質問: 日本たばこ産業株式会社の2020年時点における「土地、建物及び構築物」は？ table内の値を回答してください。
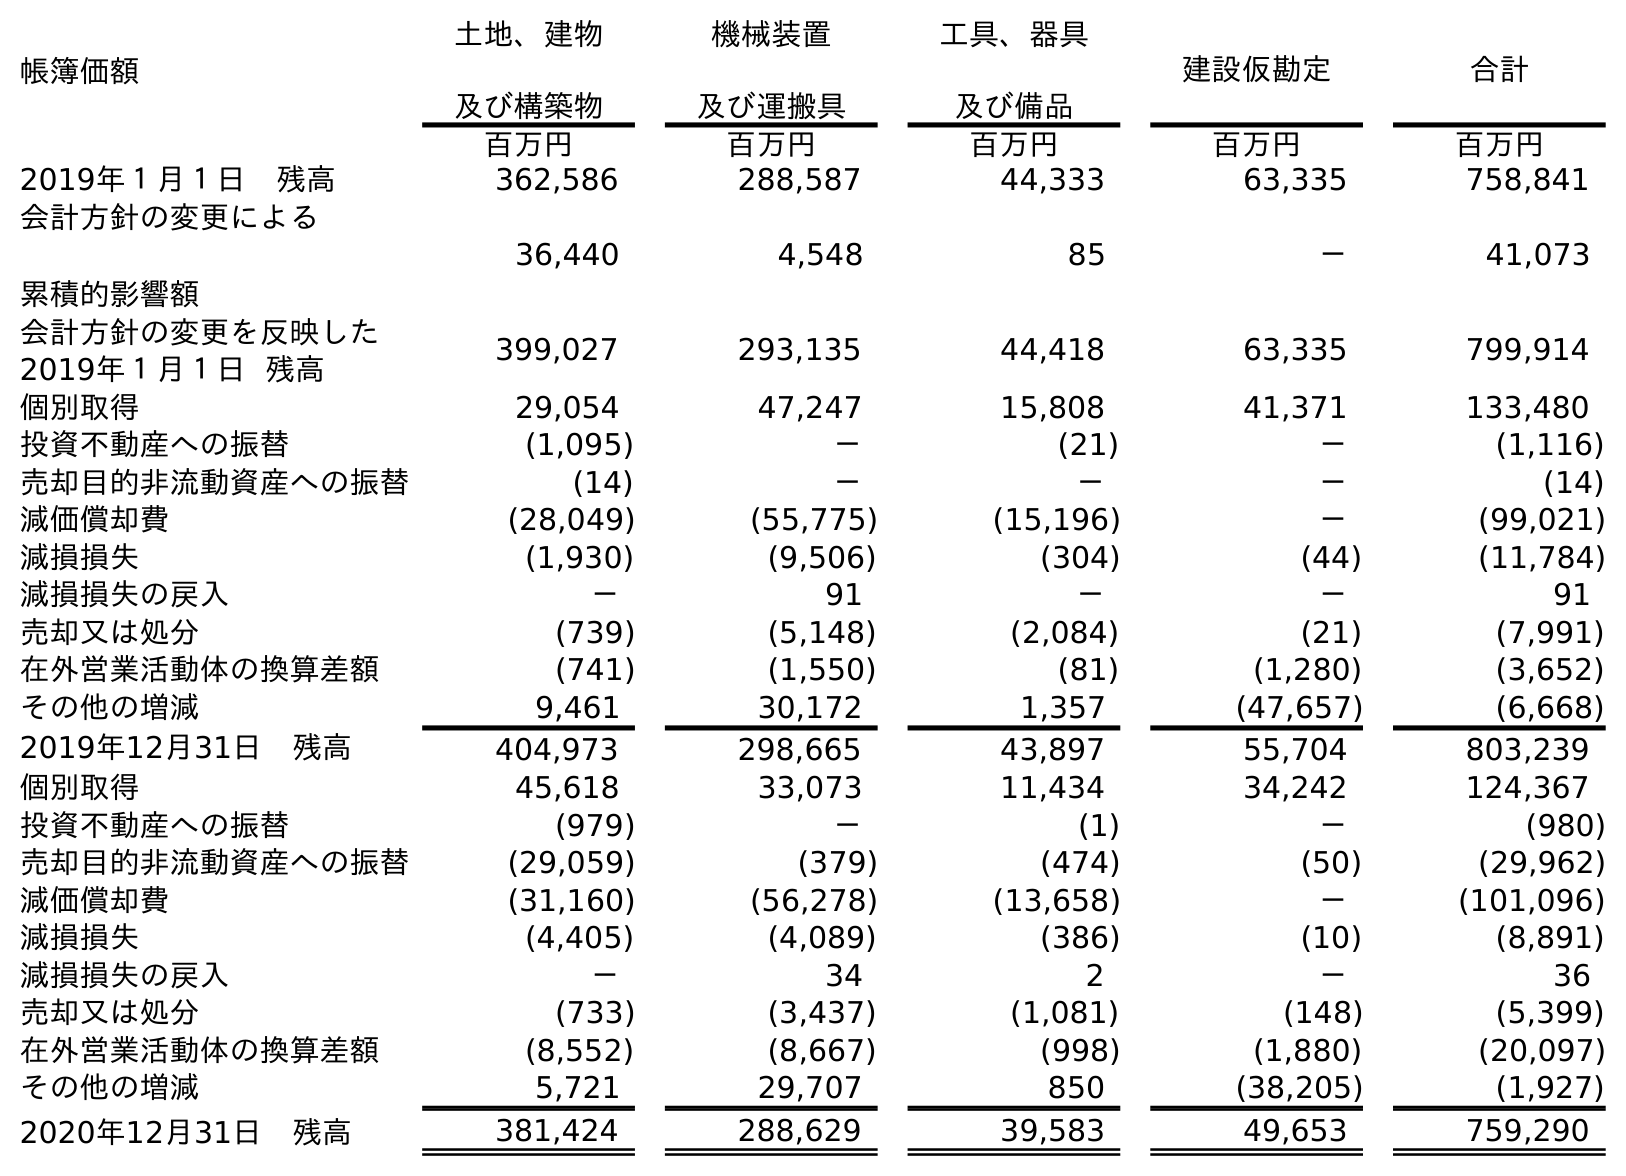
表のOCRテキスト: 帳簿価額 土地、建物 及び構築物 機械装置 及び運搬具 工具、器具 及び備品 建設仮勘定 合計 百万円 百万円 百万円 百万円 百万円 2019年１月１日 残高 362,586 288,587 44,333 63,335 758,841 会計方針の変更による 累積的影響額 36,440 4,548 85 － 41,073 会計方針の変更を反映した 2019年１月１日 残高 399,027 293,135 44,418 63,335 799,914 個別取得 29,054 47,247 15,808 41,371 133,480 投資不動産への振替 (1,095) － (21) － (1,116) 売却目的非流動資産への振替 (14) － － － (14) 減価償却費 (28,049) (55,775) (15,196) － (99,021) 減損損失 (1,930) (9,506) (304) (44) (11,784) 減損損失の戻入 － 91 － － 91 売却又は処分 (739) (5,148) (2,084) (21) (7,991) 在外営業活動体の換算差額 (741) (1,550) (81) (1,280) (3,652) その他の増減 9,461 30,172 1,357 (47,657) (6,668) 2019年12月31日 残高 404,973 298,665 43,897 55,704 803,239 個別取得 45,618 33,073 11,434 34,242 124,367 投資不動産への振替 (979) － (1) － (980) 売却目的非流動資産への振替 (29,059) (379) (474) (50) (29,962) 減価償却費 (31,160) (56,278) (13,658) － (101,096) 減損損失 (4,405) (4,089) (386) (10) (8,891) 減損損失の戻入 － 34 2 － 36 売却又は処分 (733) (3,437) (1,081) (148) (5,399) 在外営業活動体の換算差額 (8,552) (8,667) (998) (1,880) (20,097) その他の増減 5,721 29,707 850 (38,205) (1,927) 2020年12月31日 残高 381,424 288,629 39,583 49,653 759,290
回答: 381,424